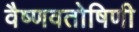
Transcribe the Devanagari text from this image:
वैष्णवतोषिणी